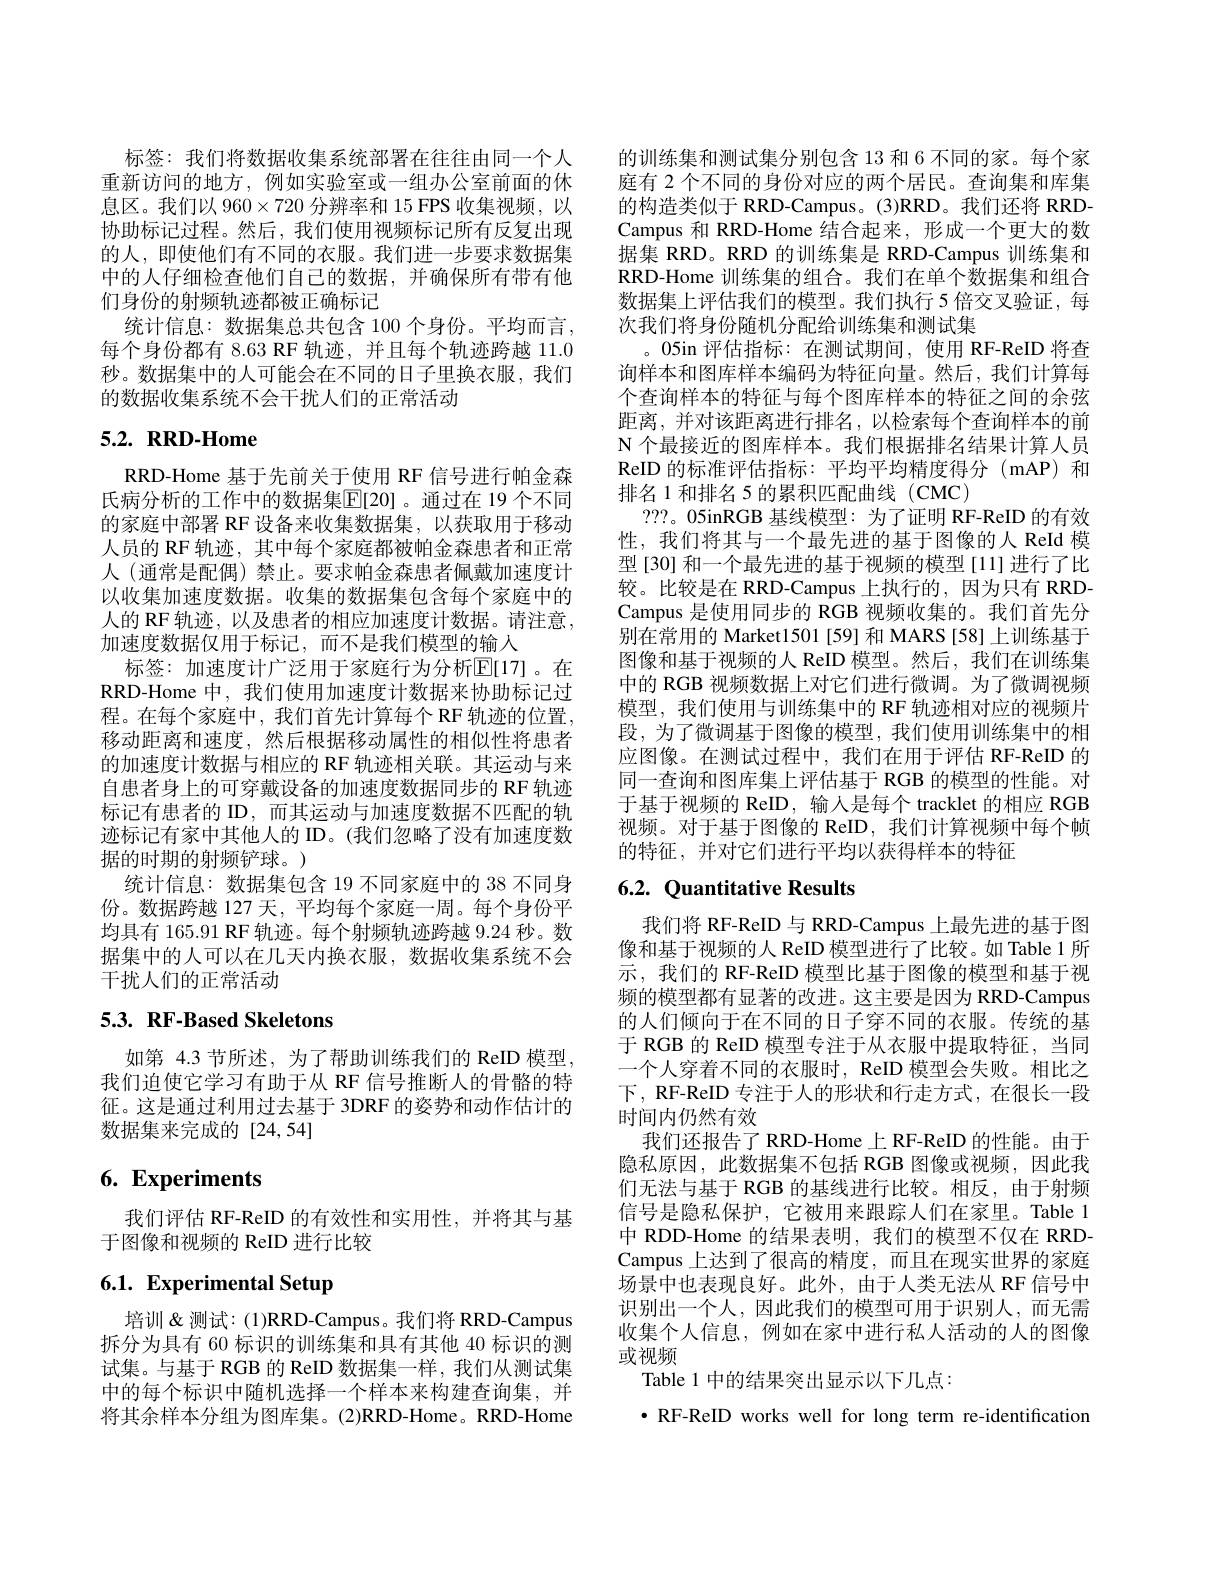
标签：我们将数据收集系统部署在往往由同一个人重新访问的地方，例如实验室或一组办公室前面的休息区。我们以$960\times720$分辨率和 15 FPS 收集视频，以协助标记过程。然后，我们使用视频标记所有反复出现的人，即使他们有不同的衣服。我们进一步要求数据集中的人仔细检查他们自己的数据，并确保所有带有他们身份的射频轨迹都被正确标记
统计信息：数据集总共包含 100 个身份。平均而言， 每个身份都有 8.63 RF 轨迹，并且每个轨迹跨越 11.0秒。数据集中的人可能会在不同的日子里换衣服，我们的数据收集系统不会干扰人们的正常活动

# $5. 2. \textbf{ RRD- Home}$

RRD-Home 基于先前关于使用 RF 信号进行帕金森氏病分析的工作中的数据集$\mathbb{E}[20]$。通过在 19 个不同的家庭中部署 RF 设备来收集数据集，以获取用于移动人员的 RF 轨迹，其中每个家庭都被帕金森患者和正常人 (通常是配偶) 禁止。要求帕金森患者佩戴加速度计以收集加速度数据。收集的数据集包含每个家庭中的人的 RF 轨迹，以及患者的相应加速度计数据。请注意， 加速度数据仅用于标记，而不是我们模型的输人
标签：加速度计广泛用于家庭行为分析$\mathbb{E}[17]$。在RRD-Home 中，我们使用加速度计数据来协助标记过程。在每个家庭中，我们首先计算每个 RF 轨迹的位置， 移动距离和速度，然后根据移动属性的相似性将患者的加速度计数据与相应的 RF 轨迹相关联。其运动与来自患者身上的可穿戴设备的加速度数据同步的 RF 轨迹标记有患者的 ID, 而其运动与加速度数据不匹配的轨迹标记有家中其他人的 ID。(我们忽略了没有加速度数据的时期的射频铲球。)
统计信息：数据集包含 19 不同家庭中的 38 不同身份。数据跨越 127 天，平均每个家庭一周。每个身份平均具有 165.91 RF 轨迹。每个射频轨迹跨越 9.24 秒。数据集中的人可以在几天内换衣服，数据收集系统不会干扰人们的正常活动

# 5.3. RF-Based Skeletons

如第 4.3 节所述，为了帮助训练我们的 ReID 模型我们迫使它学习有助于从 RF 信号推断人的骨骼的特征。这是通过利用过去基于 3DRF 的姿势和动作估计的数据集来完成的[24,54]

# 6. Experiments

我们评估 RF-ReID 的有效性和实用性，并将其与基
于图像和视频的 ReID 进行比较

# 6.1. Experimental Setup

培训&测试：(1)RRD-Campus。我们将 RRD-Campus 拆分为具有 60 标识的训练集和具有其他 40 标识的测试集。与基于 RGB 的 ReID 数据集一样，我们从测试集中的每个标识中随机选择一个样本来构建查询集，并将其余样本分组为图库集。(2)RRD-Home。RRD-Home

的训练集和测试集分别包含 13 和 6 不同的家。每个家庭有 2 个不同的身份对应的两个居民。查询集和库集的构造类似于 RRD-Campus。(3)RRD。我们还将 RRDCampus 和 RRD-Home 结合起来，形成一个更大的数据集 RRD。RRD 的训练集是 RRD-Campus 训练集和RRD-Home 训练集的组合。我们在单个数据集和组合数据集上评估我们的模型。我们执行 5 倍交叉验证，每次我们将身份随机分配给训练集和测试集
。05in 评估指标：在测试期间，使用 RF-ReID 将查询样本和图库样本编码为特征向量。然后，我们计算每个查询样本的特征与每个图库样本的特征之间的余弦距离，并对该距离进行排名，以检索每个查询样本的前N 个最接近的图库样本。我们根据排名结果计算人员ReID 的标准评估指标：平均平均精度得分(mAP)和排名 1 和排名 5 的累积匹配曲线 ( CMC)
???。05inRGB 基线模型：为了证明 RF-ReID 的有效性，我们将其与一个最先进的基于图像的人 ReId 模型[30] 和一个最先进的基于视频的模型[11]进行了比较。比较是在 RRD-Campus 上执行的，因为只有 RRDCampus 是使用同步的 RGB 视频收集的。我们首先分别在常用的 Market1501 [59] 和 MARS [58] 上训练基于图像和基于视频的人 ReID 模型。然后，我们在训练集中的 RGB 视频数据上对它们进行微调。为了微调视频模型，我们使用与训练集中的 RF 轨迹相对应的视频片段，为了微调基于图像的模型，我们使用训练集中的相应图像。在测试过程中，我们在用于评估 RF-ReID 的同一查询和图库集上评估基于 RGB 的模型的性能。对于基于视频的 ReID, 输入是每个 tracklet 的相应 RGB 视频。对于基于图像的 ReID,我们计算视频中每个帧的特征，并对它们进行平均以获得样本的特征

## 6.2. Quantitative Results

我们将 RF-ReID 与 RRD-Campus 上最先进的基于图像和基于视频的人 ReID 模型进行了比较。如 Table 1 所示，我们的 RF-ReID 模型比基于图像的模型和基于视频的模型都有显著的改进。这主要是因为 RRD-Campus 的人们倾向于在不同的日子穿不同的衣服。传统的基于 RGB 的 ReID 模型专注于从衣服中提取特征，当同一个人穿着不同的衣服时，ReID 模型会失败。相比之下，RF-ReID 专注于人的形状和行走方式，在很长一段时间内仍然有效
我们还报告了 RRD-Home 上 RF-ReID 的性能。由于隐私原因，此数据集不包括 RGB 图像或视频，因此我们无法与基于 RGB 的基线进行比较。相反，由于射频信号是隐私保护，它被用来跟踪人们在家里。Table 1中 RDD-Home 的结果表明，我们的模型不仅在 RRDCampus 上达到了很高的精度，而且在现实世界的家庭场景中也表现良好。此外，由于人类无法从 RF 信号中识别出一个人，因此我们的模型可用于识别人，而无需收集个人信息，例如在家中进行私人活动的人的图像或视频
Table 1 中的结果突出显示以下几点：
$\bullet$ RF-ReID works well for long term re-identification